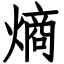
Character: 熵